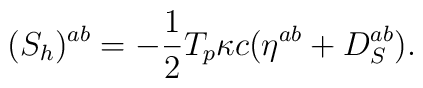
({S}_h)^{ab}={-{1\over2}T_p\kappa c}(\eta^{ab}+D_S^{ab}).